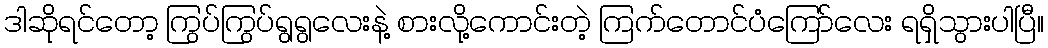
ဒါဆိုရင်တော့ ကြွပ်ကြွပ်ရွရွလေးနဲ့ စားလို့ကောင်းတဲ့ ကြက်တောင်ပံကြော်လေး ရရှိသွားပါပြီ။